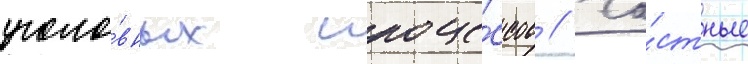
уголо́вных проце́ссов // Ча́стные